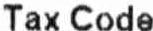
TAX CODE